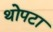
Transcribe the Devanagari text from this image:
थोपटा